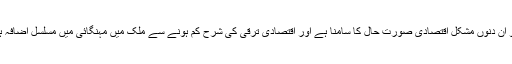
پاکستان کو ان دنوں مشکل اقتصادی صورت حال کا سامنا ہے اور اقتصادی ترقی کی شرح کم ہونے سے ملک میں مہنگائی میں مسلسل اضافہ ہو رہا ہے۔